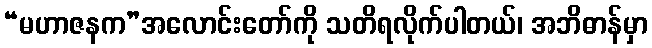
“မဟာဇနက”အလောင်းတော်ကို သတိရလိုက်ပါတယ်၊ အဘိဓာန်မှာ